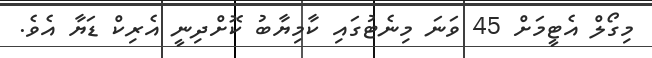
މިގޯލް އެޓީމަށް 45 ވަނަ މިނެޓުގައި ކާމިޔާބު ކޮށްދިނީ އެރިކް ޑަޔާ އެވެ.